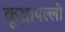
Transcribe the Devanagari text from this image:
कूथ्रापल्ली